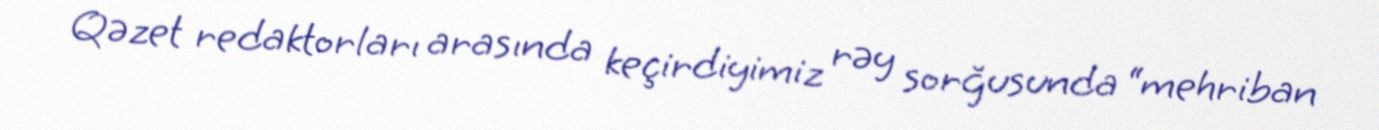
Qəzet redaktorları arasında keçirdiyimiz rəy sorğusunda “mehriban